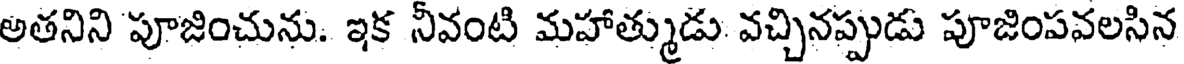
అతనిని పూజించును. ఇక నీవంటి మహాత్ముడు వచ్చినప్పుడు పూజింపవలసిన